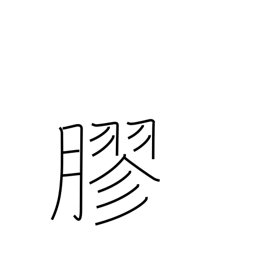
Meaning: glue